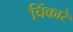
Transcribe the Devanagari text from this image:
चिंकारे